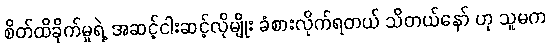
စိတ်ထိခိုက်မှုရဲ့ အဆင့်ငါးဆင့်လိုမျိုး ခံစားလိုက်ရတယ် သိတယ်နော် ဟု သူမက